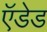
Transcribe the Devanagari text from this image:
ऍडेड